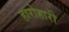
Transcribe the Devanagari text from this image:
हारोहारी